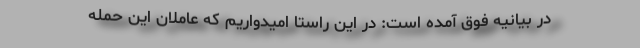
در بیانیه فوق آمده است: در این راستا امیدواریم که عاملان این حمله